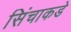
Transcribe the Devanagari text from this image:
सिंचाकडे